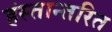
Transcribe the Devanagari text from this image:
हंस्तान्तरित